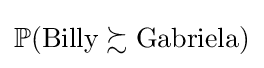
\mathbb {P} ({\text{Billy}}\succsim {\text{Gabriela}})